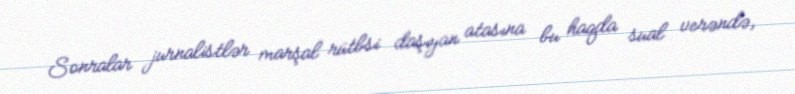
Sonralar jurnalistlər marşal rütbsi daşıyan atasına bu haqda sual verəndə,